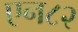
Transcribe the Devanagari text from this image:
एन८२